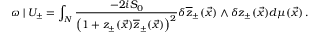
\omega \mid U _ { \pm } = \int _ { N } \frac { - 2 i S _ { 0 } } { \left( 1 + z _ { \pm } ( \vec { x } ) \overline { { { z } } } _ { \pm } ( \vec { x } ) \right) ^ { 2 } } \delta \overline { { { z } } } _ { \pm } ( \vec { x } ) \wedge \delta z _ { \pm } ( \vec { x } ) d \mu ( \vec { x } ) \, .